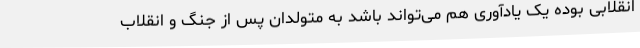
انقلابی بوده یک یادآوری هم می‌تواند باشد به متولدان پس از جنگ و انقلاب